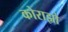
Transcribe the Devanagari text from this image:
कोराझो